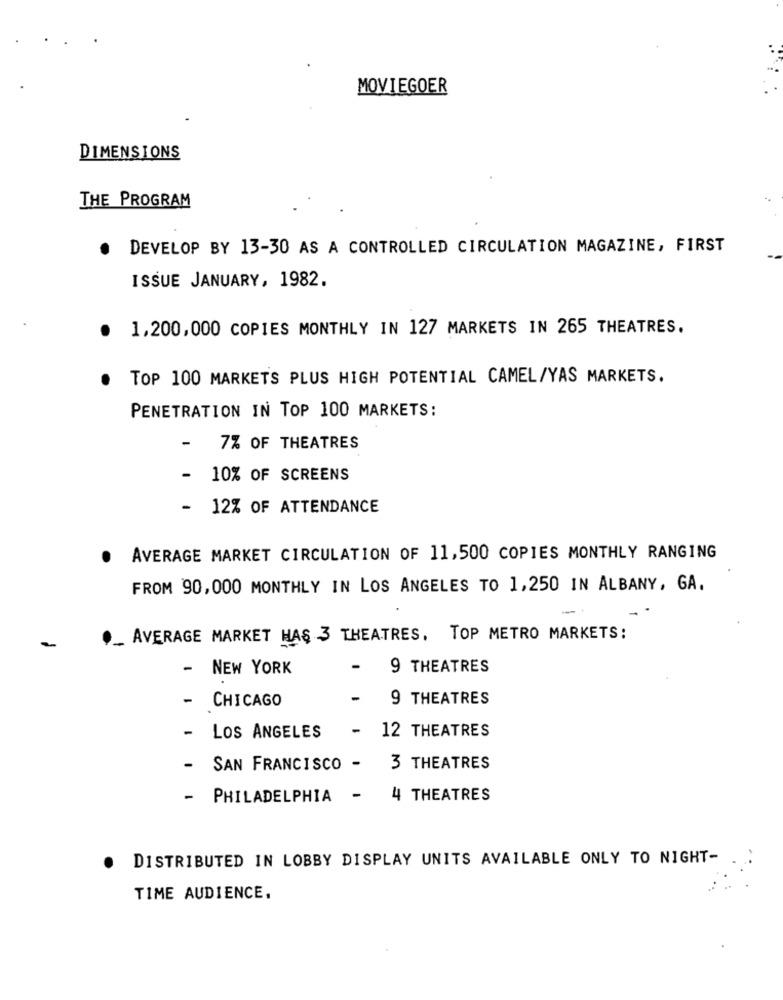
MOVIEGOER
DIMENSIONS
THE PROGRAM
DEVELOP BY 13-30 AS A CONTROLLED CIRCULATION MAGAZINE, FIRST
ISSUE JANUARY, 1982.
1,200,000 COPIES MONTHLY IN 127 MARKETS IN 265 THEATRES.
.
TOP 100 MARKETS PLUS HIGH POTENTIAL CAMEL/YAS MARKETS.
PENETRATION IN TOP 100 MARKETS:
-
7% OF THEATRES
-
10% OF SCREENS
-
12% OF ATTENDANCE
.
AVERAGE MARKET CIRCULATION OF 11,500 COPIES MONTHLY RANGING
FROM 90,000 MONTHLY IN LOS ANGELES TO 1,250 IN ALBANY, GA.
AVERAGE MARKET HAS 3 THEATRES, TOP METRO MARKETS:
-
NEW YORK
-
9 THEATRES
-
CHICAGO
9 THEATRES
-
12 THEATRES
LOS ANGELES
SAN FRANCISCO -
3 THEATRES
-
PHILADELPHIA -
4 THEATRES
DISTRIBUTED IN LOBBY DISPLAY UNITS AVAILABLE ONLY TO NIGHT-
TIME AUDIENCE.